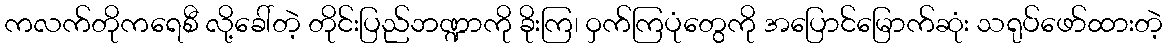
ကလက်တိုကရေစီ လို့ခေါ်တဲ့ တိုင်းပြည်ဘဏ္ဍာကို ခိုးကြ၊ ဝှက်ကြပုံတွေကို အပြောင်မြောက်ဆုံး သရုပ်ဖော်ထားတဲ့